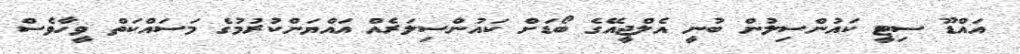
އައްޑޫ ސިޓީ ކައުންސިލުން ބުނީ އެލްޖީއޭގެ ބޯޑަށް ކައުންސިލަރެއް އައްޔަންކުރުމުގެ މަސައްކަތް ވީހާވެސް